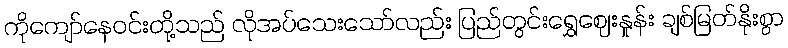
ကိုကျော်နေဝင်းတို့သည် လိုအပ်သေးသော်လည်း ပြည်တွင်းရွှေဈေးနှုန်း ချစ်မြတ်နိုးစွာ